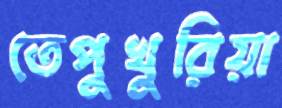
তেপুখুরিয়া